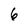
Character: 6